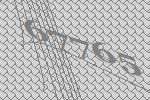
67765